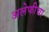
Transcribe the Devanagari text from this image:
अलेफीचा